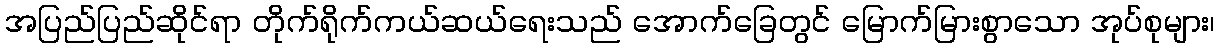
အပြည်ပြည်ဆိုင်ရာ တိုက်ရိုက်ကယ်ဆယ်ရေးသည် အောက်ခြေတွင် မြောက်မြားစွာသော အုပ်စုများ၊